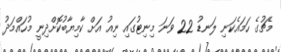
މެޗުގެ ހަމައެކަނި ލަނޑު 22 ވަނަ މިނިޓުގައި ނިއު އަށް ކާމިޔާބުކޮށްދިނީ މުހައްމަދު